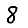
Digit: 8